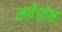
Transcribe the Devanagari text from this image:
सर्वेशेष्ठ